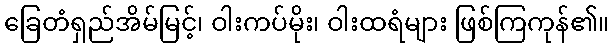
ခြေတံရှည်အိမ်မြင့်၊ ဝါးကပ်မိုး၊ ဝါးထရံများ ဖြစ်ကြကုန်၏။